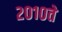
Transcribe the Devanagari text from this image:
२०१०ते